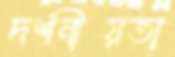
দর্শনীয়তা